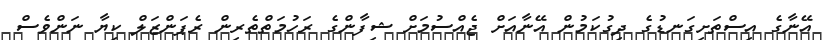
އޭނާގެ އިސްތަށިގަނޑުގެ ދިގުކަމުން އޭނާއަށް ޖެއްސުމަށް ޝިފާންގެ ރަހުމަތްތެރިން ރެޕަންޒަލް ކިޔާ ނަންވެސް